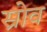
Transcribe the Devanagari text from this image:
स्रोव